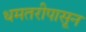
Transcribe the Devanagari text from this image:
धमतरीपासून